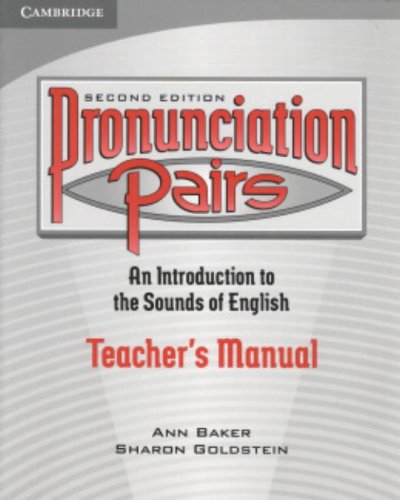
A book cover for Pronunciation Pairs: An Introduction to the Sounds of English, Teacher's Manual; Ann Baker; Reference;